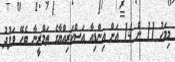
މިމަހު 11 ން 14 އަށް އިންޑިއާ އަސްކަރިއްޔާގެ ތަމްރީނާ ބެހޭ ވަފުދު